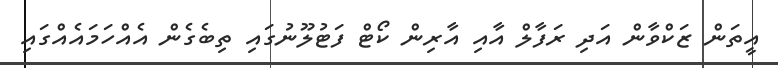
އީތަން ޒަކްވާން އަދި ރަފާލް އާއި އާރިން ކޯޓް ފަޓުލޫނުގައި ތިބެގެން އެއްހަމައެއްގައި